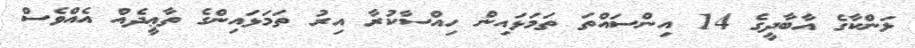
ލަންކާގެ އާބާދީގެ 14 އިންސައްތަ ތަމަޅައިން ހިއްސާކުރާ އިރު ތަމަޅައިންގެ ތާޢީދެއް އެއްވެސް